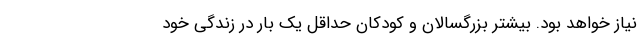
نیاز خواهد بود. بیشتر بزرگسالان و کودکان حداقل یک بار در زندگی خود